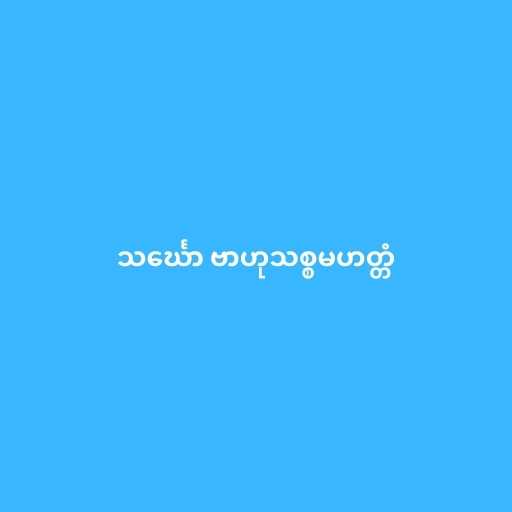
သင်္ဃော ဗာဟုသစ္စမဟတ္တံ